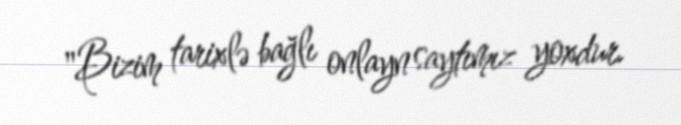
"Bizim tarixlə bağlı onlayn saytımız yoxdur.